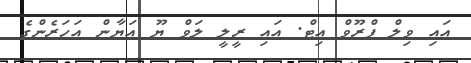
އައި ވިލް ޕްރޫވް އިޓް. އައި ރީލީ ލަވް ޔޫ އަޔާން އަހަރެންގެ